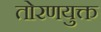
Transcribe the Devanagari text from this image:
तोरणयुक्त